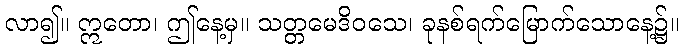
လာ၍။ ဣတော၊ ဤနေ့မှ။ သတ္တမေဒိဝသေ၊ ခုနစ်ရက်မြောက်သောနေ့၌။